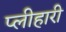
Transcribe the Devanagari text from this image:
प्लीहारी